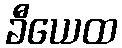
ခီယေထ